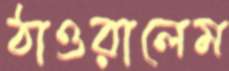
ঠাওরালেম